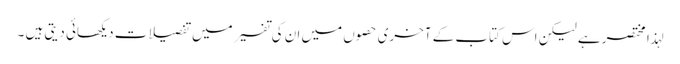
لہذا مختصر ہے لیکن اس کتاب کے آخری حصوں میں ان کی تفسیر میں تفصیلات دیکھائی دیتی ہیں ۔